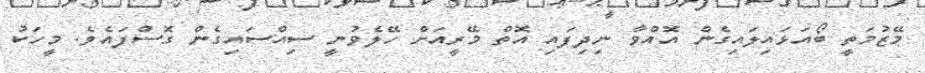
މޭޒުމަތީ ބޯއަޅައިލައިގެން އޮއްވާ ނިދިފައި އޮތް މޭރީއަށް ހޭލެވުނީ ސިއްސައިގެން ގޮސްފައެވެ. މީހަކު